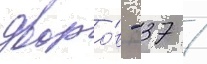
дворо́в - 37 /